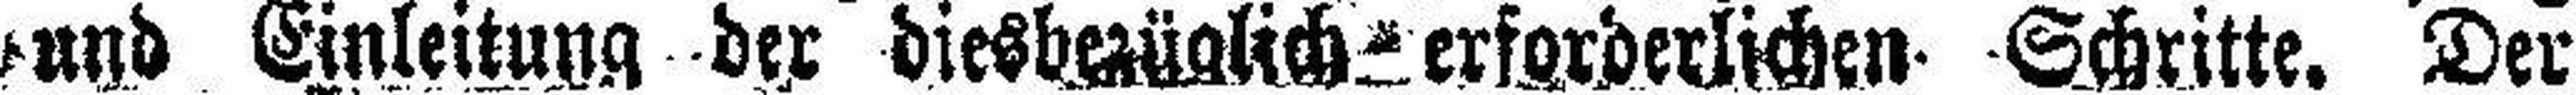
und Einleitung der diesbezüglich erforderlichen Schritte. Der